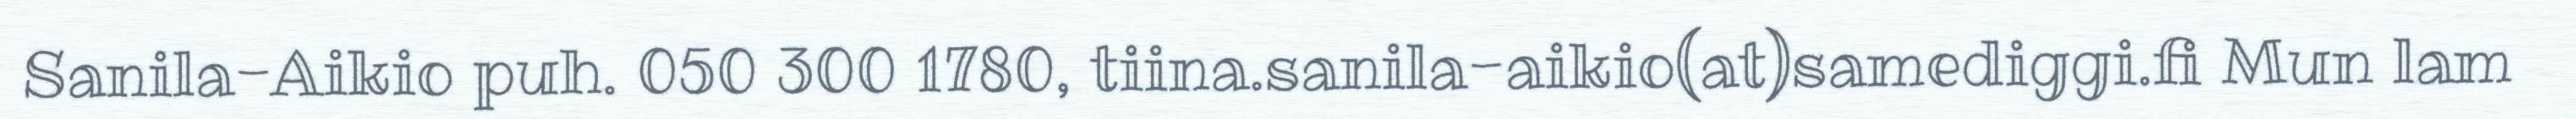
Sanila-Aikio puh. 050 300 1780, tiina.sanila-aikio(at)samediggi.fi Mun lam